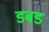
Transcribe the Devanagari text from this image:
डबड